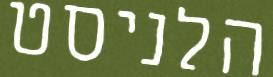
הלניסט